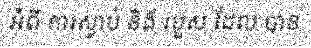
អំពី ការស្លាប់ និង របួស ដែល បាន